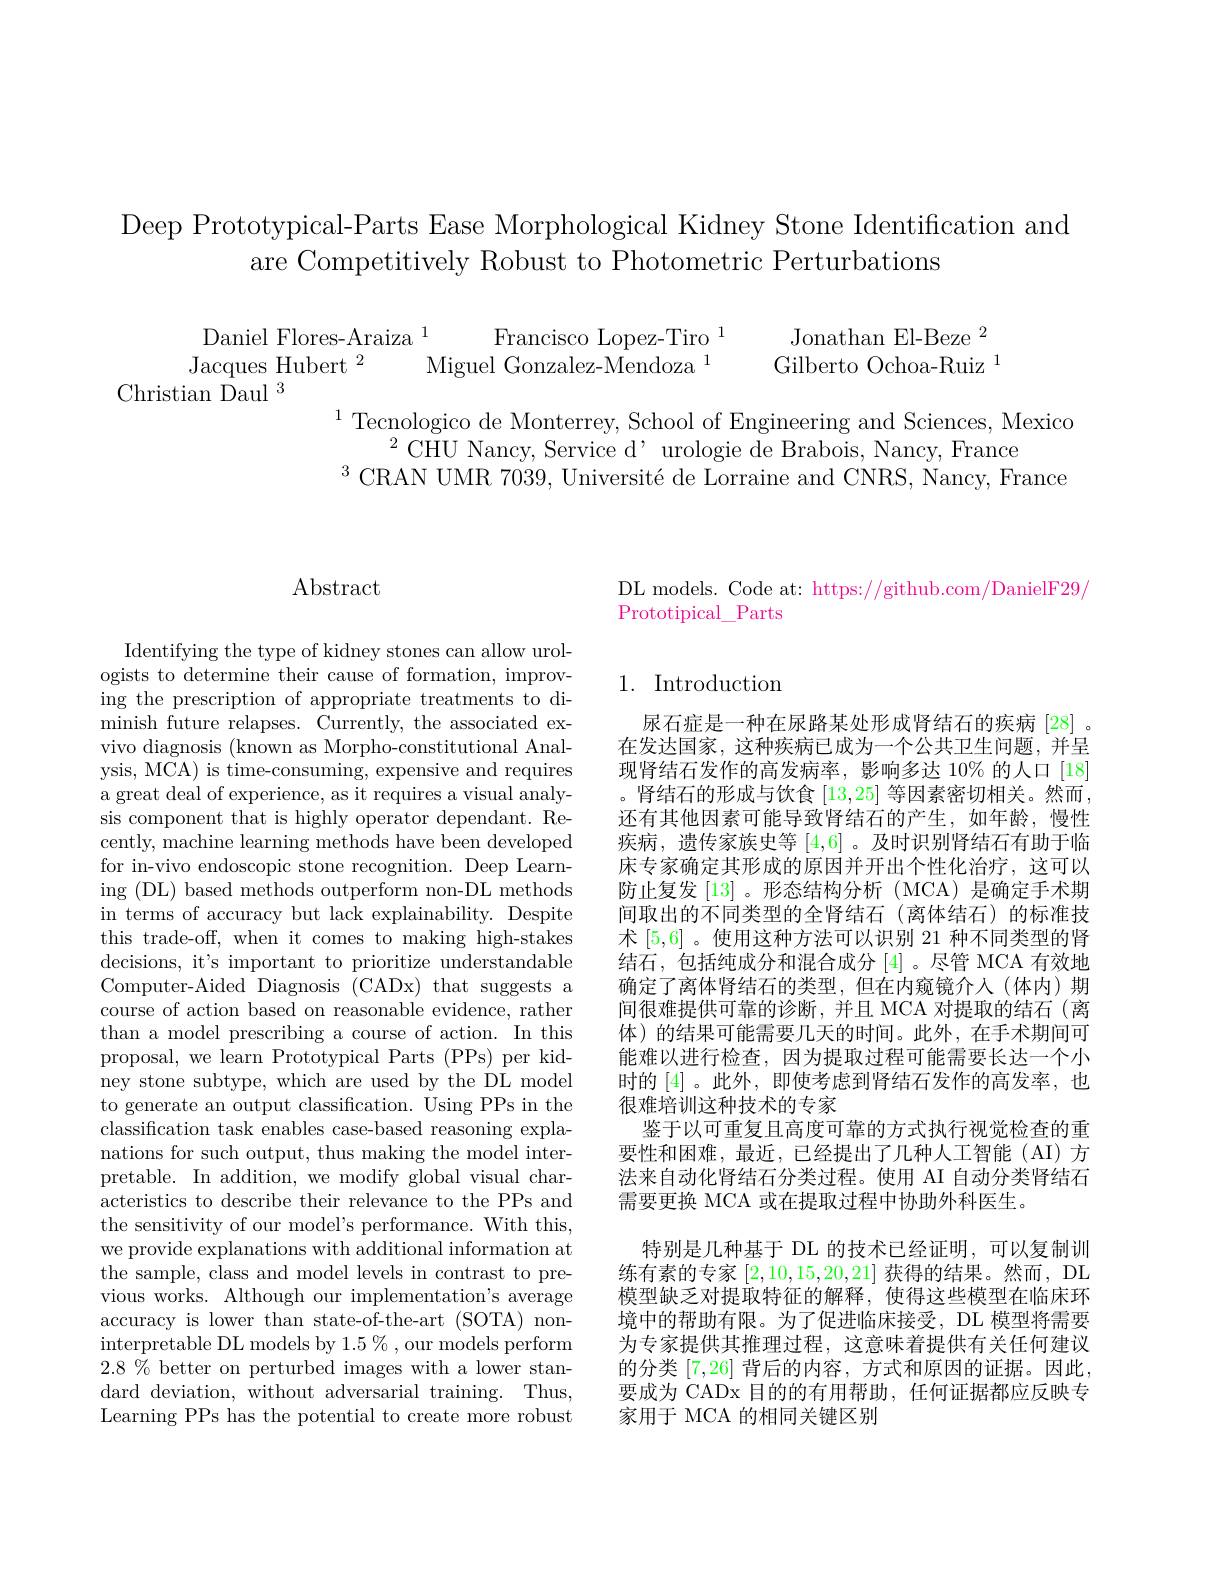
Deep Prototypical-Parts Ease Morphological Kidney Stone Identification and
are Competitively Robust to Photometric Perturbations

$\begin{array}{cc}{\mathrm{Daniel~Flores-Araiza~}^{1}}&{\mathrm{Francisco~Lopez-Tiro~}^{1}}&{\mathrm{Jonathan~El-Beze~}^{2}}\\{\mathrm{Jacques~Hubert~}^{2}}&{\mathrm{Miguel~Gonzalez-Mendoza~}^{1}}&{\mathrm{Gilberto~Ochoa-Ruiz~}^{1}}\\{\mathrm{3hristian~Daul~}^{3}}\end{array}$

$^{1}$Tecnologico de Monterrey, School of Engineering and Sciences, Mexico
$^{2}$CHU Nancy, Service d' urologie de Brabois, Nancy, France
$^{3}$CRAN UMR 7039, Université de Lorraine and CNRS, Nancy, France

$\operatorname{Abstract}$

Identifying the type of kidney stones can allow urologists to determine their cause of formation, improving the prescription of appropriate treatments to diminish future relapses. Currently, the associated exvivo diagnosis (known as Morpho-constitutional Analysis, MCA) is time-consuming, expensive and requires a great deal of experience, as it requires a visual analysis component that is highly operator dependant. Recently, machine learning methods have been developed for in-vivo endoscopic stone recognition. Deep Learning (DL) based methods outperform non-DL methods in terms of accuracy but lack explainability. Despite this trade-off, when it comes to making high-stakes decisions, it's important to prioritize understandable Computer-Aided Diagnosis (CADx) that suggests a course of action based on reasonable evidence, rather than a model prescribing a course of action. In this proposal, we learn Prototypical Parts (PPs) per kidney stone subtype, which are used by the DL model to generate an output classification. Using PPs in the classification task enables case-based reasoning explanations for such output, thus making the model interpretable. In addition, we modify global visual characteristics to describe their relevance to the PPs and the sensitivity of our model's performance. With this, we provide explanations with additional information at the sample, class and model levels in contrast to previous works. Although our implementation's average accuracy is lower than state-of-the-art (SOTA) noninterpretable DL models by $1.5\%$ , our models perform $2.8\%$ better on perturbed images with a lower standard deviation, without adversarial training. Thus, Learning PPs has the potential to create more robust

DL models. Code at: https://github.com/DanielF29/
Prototipical\_Parts

# 1. Introduction

尿石症是一种在尿路某处形成肾结石的疾病[28] 。在发达国家，这种疾病已成为一个公共卫生问题，并呈现肾结石发作的高发病率，影响多达 10% 的人口 [18] 。肾结石的形成与饮食[13,25]等因素密切相关。然而， 还有其他因素可能导致肾结石的产生，如年龄，慢性疾病，遗传家族史等[4,6] 。及时识别肾结石有助于临床专家确定其形成的原因并开出个性化治疗，这可以防止复发[13] 。形态结构分析 (MCA) 是确定手术期间取出的不同类型的全肾结石(离体结石)的标准技术[5,6] 。使用这种方法可以识别 21 种不同类型的肾结石，包括纯成分和混合成分[4] 。尽管 MCA 有效地确定了离体肾结石的类型，但在内窥镜介人(体内)期间很难提供可靠的诊断，并且 MCA 对提取的结石(离体)的结果可能需要几天的时间。此外，在手术期间可能难以进行检查，因为提取过程可能需要长达一个小时的 [4]。此外，即使考虑到肾结石发作的高发率，也很难培训这种技术的专家
鉴于以可重复且高度可靠的方式执行视觉检查的重要性和困难，最近，已经提出了几种人工智能(AI)方法来自动化肾结石分类过程。使用 AI 自动分类肾结石需要更换 MCA 或在提取过程中协助外科医生。
特别是几种基于 DL 的技术已经证明，可以复制训练有素的专家[2,10,15,20,21]获得的结果。然而，DL 模型缺乏对提取特征的解释，使得这些模型在临床环境中的帮助有限。为了促进临床接受，DL 模型将需要为专家提供其推理过程，这意味着提供有关任何建议的分类[7,26]背后的内容，方式和原因的证据。因此， 要成为 CADx 目的的有用帮助，任何证据都应反映专家用于 MCA 的相同关键区别